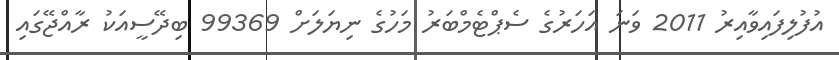
އުފުލިފައިވާއިރު 2011 ވަނަ އަހަރުގެ ސެޕްޓެމްބަރު މަހުގެ ނިޔަލަށް 99369 ބިދޭސީއަކު ރާއްޖޭގައި